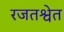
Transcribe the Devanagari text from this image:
रजतश्वेत